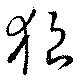
狼